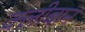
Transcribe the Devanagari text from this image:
क्लीबान